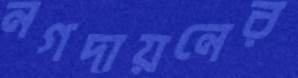
নগদায়নের